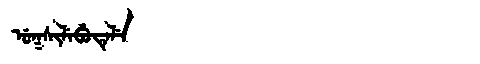
Manchu: ᡠᡴᠰᡳᠯᡝᠪᡠᡨᡝᠯᡝ
Romanization: UKSILEBUTELE